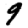
Digit: 9